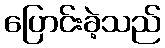
ပြောင်းခဲ့သည်